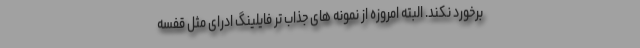
برخورد نکند. البته امروزه از نمونه های جذاب تر فایلینگ ادرای مثل قفسه